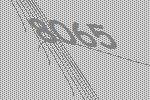
8065